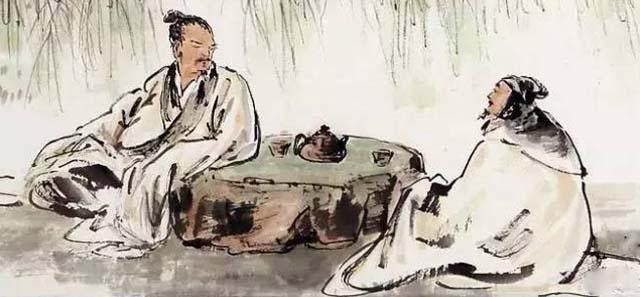
君子上交不谄，下交不渎